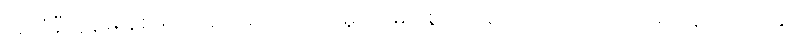
အလံနီကွန်မြူနစ်များသည်အကြမ်းဖက်မှု ဝါဒများစွဲကိုင်ခြင်းကြောင့် ၎င်းတို့အား ဇူလိုင်လတွင်